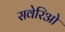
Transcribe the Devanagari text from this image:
सवेरिओ